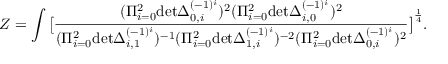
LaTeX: Z = \int \big [ { \frac { ( \Pi _ { i = 0 } ^ { 2 } \mathrm { d e t } \Delta _ { 0 , i } ^ { ( - 1 ) ^ { i } } ) ^ { 2 } ( \Pi _ { i = 0 } ^ { 2 } \mathrm { d e t } \Delta _ { i , 0 } ^ { ( - 1 ) ^ { i } } ) ^ { 2 } } { ( \Pi _ { i = 0 } ^ { 2 } \mathrm { d e t } \Delta _ { i , 1 } ^ { ( - 1 ) ^ { i } } ) ^ { - 1 } ( \Pi _ { i = 0 } ^ { 2 } \mathrm { d e t } \Delta _ { 1 , i } ^ { ( - 1 ) ^ { i } } ) ^ { - 2 } ( \Pi _ { i = 0 } ^ { 2 } \mathrm { d e t } \Delta _ { 0 , i } ^ { ( - 1 ) ^ { i } } ) ^ { 2 } } } \big ] ^ { \frac { 1 } { 4 } } .